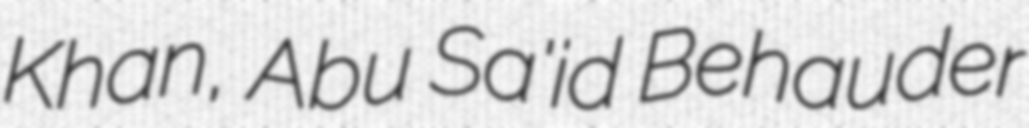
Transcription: Khan, Abu Sa'id Behauder